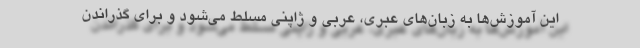
این آموزش‌ها به زبان‌های عبری، عربی و ژاپنی مسلط می‌شود و برای گذراندن